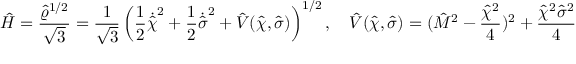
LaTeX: \hat { H } = \frac { \hat { \varrho } ^ { 1 / 2 } } { \sqrt { 3 } } = \frac { 1 } { \sqrt { 3 } } \left( \frac { 1 } { 2 } \dot { \hat { \chi } } ^ { 2 } + \frac { 1 } { 2 } \dot { \hat { \sigma } } ^ { 2 } + \hat { V } ( \hat { \chi } , \hat { \sigma } ) \right) ^ { 1 / 2 } , \quad \hat { V } ( \hat { \chi } , \hat { \sigma } ) = ( \hat { M } ^ { 2 } - \frac { \hat { \chi } ^ { 2 } } { 4 } ) ^ { 2 } + \frac { \hat { \chi } ^ { 2 } \hat { \sigma } ^ { 2 } } { 4 }